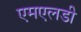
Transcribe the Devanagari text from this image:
एमएलडी